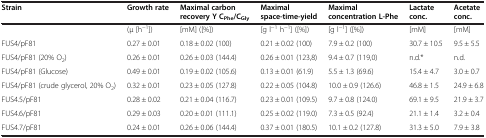
| Strain | Growth rate | Maximal carbon recovery Y CPhe/CGly | Maximal space-time-yield | Maximal concentration L-Phe | Lactate conc. | Acetate conc. |
 | --- | --- | --- | --- | --- | --- | --- |
 |  | (μ [h−1]) | [mM] ([%]) | [g l−1 h−1] ([%]) | [g l−1] ([%]) | [mM] | [mM] |
 | FUS4/pF81 | 0.27 ± 0.01 | 0.18 ± 0.02 (100) | 0.21 ± 0.02 (100) | 7.9 ± 0.2 (100) | 30.7 ± 10.5 | 9.5 ± 5.5 |
 | FUS4/pF81 (20% O2) | 0.26 ± 0.01 | 0.26 ± 0.03 (144.4) | 0.26 ± 0.01 (123,8) | 9.4 ± 0.7 (119,0) | n.d.* | n.d. |
 | FUS4/pF81 (Glucose) | 0.49 ± 0.01 | 0.19 ± 0.02 (105.6) | 0.13 ± 0.01 (61.9) | 5.5 ± 1.3 (69.6) | 15.4 ± 4.7 | 3.0 ± 0.7 |
 | FUS4/pF81 (crude glycerol, 20% O2) | 0.32 ± 0.01 | 0.23 ± 0.05 (127.8) | 0.22 ± 0.05 (104.8) | 10.0 ± 0.9 (126.6) | 46.8 ± 1.5 | 24.9 ± 6.8 |
 | FUS4.5/pF81 | 0.28 ± 0.02 | 0.21 ± 0.04 (116.7) | 0.23 ± 0.01 (109.5) | 9.7 ± 0.8 (124.0) | 69.1 ± 9.5 | 21.9 ± 3.7 |
 | FUS4.6/pF81 | 0.29 ± 0.03 | 0.20 ± 0.01 (111.1) | 0.25 ± 0.02 (119.0) | 7.3 ± 0.5 (92.4) | 21.1 ± 1.4 | 3.2 ± 0.4 |
 | FUS4.7/pF81 | 0.24 ± 0.01 | 0.26 ± 0.06 (144.4) | 0.37 ± 0.01 (180.5) | 10.1 ± 0.2 (127.8) | 31.3 ± 5.0 | 7.9 ± 3.8 |